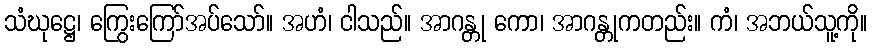
သံဃုဋ္ဌေ၊ ကြွေးကြော်အပ်သော်။ အဟံ၊ ငါသည်။ အာဂန္တု ကော၊ အာဂန္တုကတည်း။ ကံ၊ အဘယ်သူ့ကို။